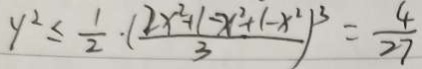
y ^ { 2 } \leq \frac { 1 } { 2 } \cdot ( \frac { 2 x ^ { 2 } + 1 - x ^ { 2 } + ( - x ^ { 2 } ) } { 3 } ) ^ { 3 } = \frac { 4 } { 2 7 }